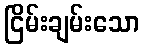
ငြိမ်းချမ်းသော